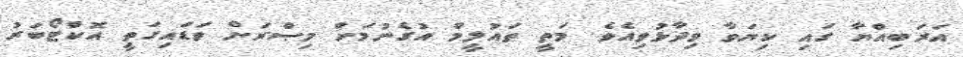
އަރަބިއްޔާ ގައި ކިޔަވާ ވިދާޅުވިއެވެ. މަތީ ތައުލީމް އުގެނުމަށް މިޞްރަށް ވަޑައިގަތީ އޮކްޓޯބަރު